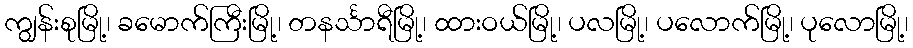
ကျွန်းစုမြို့၊ ခမောက်ကြီးမြို့၊ တနင်္သာရီမြို့၊ ထားဝယ်မြို့၊ ပလမြို့၊ ပလောက်မြို့၊ ပုလောမြို့၊